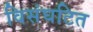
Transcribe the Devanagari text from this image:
विसंघटित